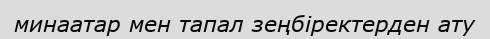
минаатар мен тапал зеңбіректерден ату